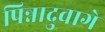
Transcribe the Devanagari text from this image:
पिन्नादुवागे